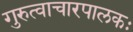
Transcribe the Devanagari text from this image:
गुरुत्वाचारपालकः